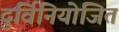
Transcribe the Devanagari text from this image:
दुर्विनियोजित